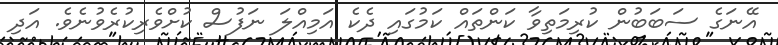
އޭނަގެ ސަބަބުން ކުރިމަތިވާ ކަންތައް ކަމުގައި ދެކެ އަމިއްލަ ނަފުސް ކުށްވެރިކުރެވުނެވެ. އަދި